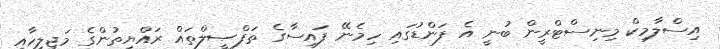
އިސްލާމިކް މިނިސްޓްރީން ބުނީ އެ ފަންޑުގައި ހިމެނޭ ފައިސާގެ ތަފްޞީލްތައް ރައްޔިތުންގެ މަޖިލީހާއި